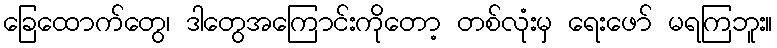
ခြေထောက်တွေ၊ ဒါတွေအကြောင်းကိုတော့ တစ်လုံးမှ ရေးဖော် မရကြဘူး။